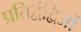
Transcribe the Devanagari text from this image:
प्रतिद्वंद्विओं